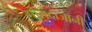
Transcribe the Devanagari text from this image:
गोलंदाजानी